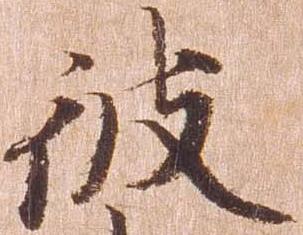
彼